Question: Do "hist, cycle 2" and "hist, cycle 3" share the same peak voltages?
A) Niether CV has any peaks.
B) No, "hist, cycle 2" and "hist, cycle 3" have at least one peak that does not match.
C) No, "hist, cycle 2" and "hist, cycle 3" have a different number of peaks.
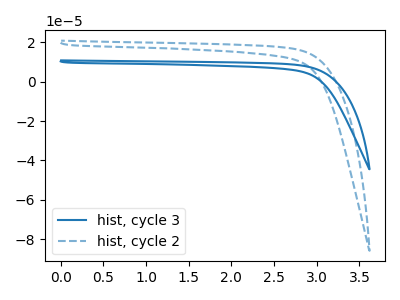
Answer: <think>The blue curve "hist, cycle 3" has no peaks. The blue dashed curve "hist, cycle 2" has no peaks.</think>
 <answer>A) Niether CV has any peaks.</answer>
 <eval>A</eval>